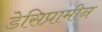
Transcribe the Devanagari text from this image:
डेसिप्रामीन